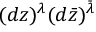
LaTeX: ( d z ) ^ { \lambda } ( d \bar { z } ) ^ { \bar { \lambda } }